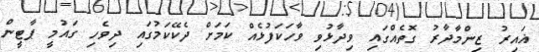
ޣައިރު ޒިންމާދާރު ގޮތެއްގައި ވިދާޅުވި ވާހަކަފުޅެއް ކަމަށް ދެކޭކަމުގައި ދިވެހި ގައުމީ ޕާޓީން